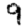
Digit: 9